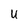
Character: u